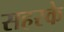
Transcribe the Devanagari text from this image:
सहरके